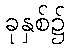
ခုနှစ်၌